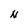
Character: N